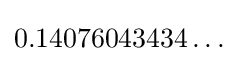
0.14076043434\ldots